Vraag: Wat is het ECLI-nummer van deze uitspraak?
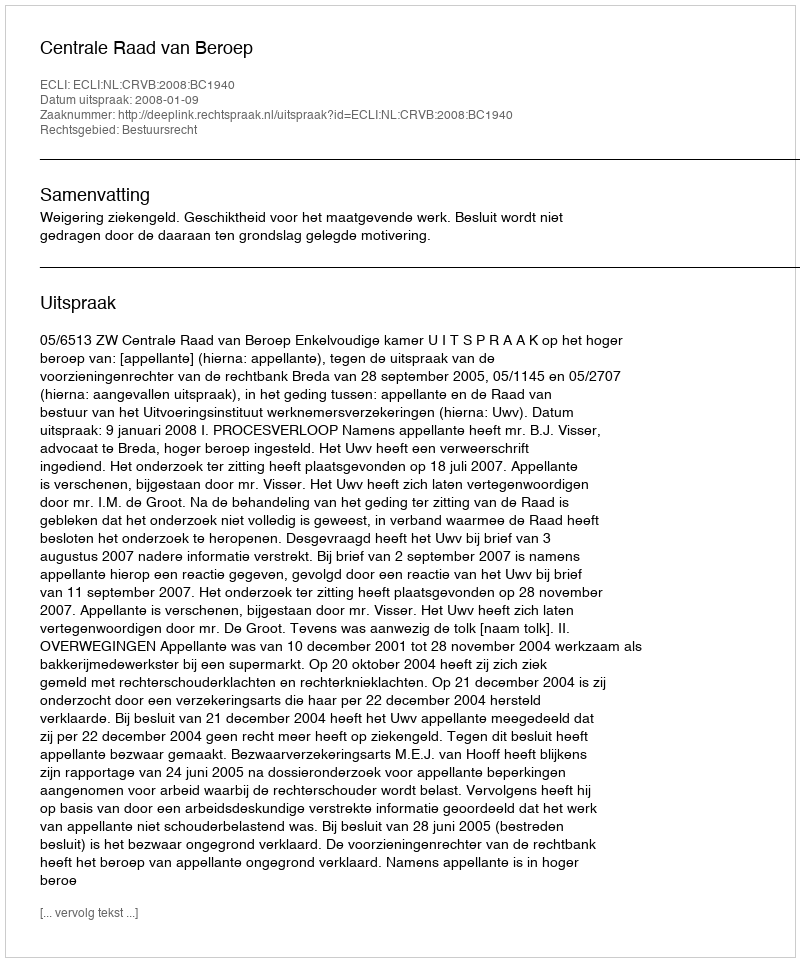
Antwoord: ECLI:NL:CRVB:2008:BC1940